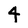
Character: 4